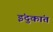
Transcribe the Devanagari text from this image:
इंदुकांत